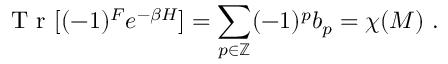
{ \textrm { T r } } [ ( - 1 ) ^ { F } e ^ { - \beta H } ] = \sum _ { p \in \mathbb { Z } } ( - 1 ) ^ { p } b _ { p } = \chi ( M ) \ .